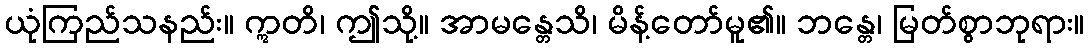
ယုံကြည်သနည်း။ ဣတိ၊ ဤသို့။ အာမန္တေသိ၊ မိန့်တော်မူ၏။ ဘန္တေ၊ မြတ်စွာဘုရား။